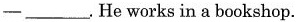
-___.He works in a bookshop.